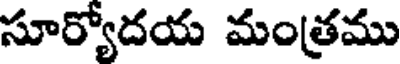
సూర్యోదయ మంత్రము